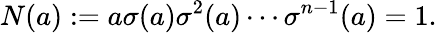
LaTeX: N(a):=a\sigma(a)\sigma^{2}(a)\cdots\sigma^{n-1}(a)=1.